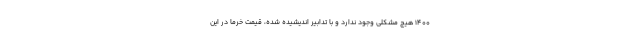
۱۴۰۰ هیچ مشکلی وجود ندارد و با تدابیر اندیشیده شده، قیمت خرما در این